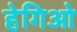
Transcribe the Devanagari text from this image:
हेगिओ